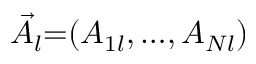
\vec { A } _ { l } { = } ( A _ { 1 l } , { \ldots } , A _ { N l } )